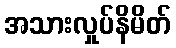
အသားလှုပ်နိမိတ်